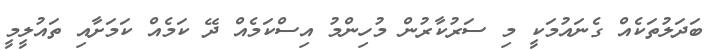
ބަދަލުތަކެއް ގެނައުމަކީ މި ސަރުކާރުން މުހިންމު އިސްކަމެއް ދޭ ކަމެއް ކަމަށާއި ތައުލީމީ